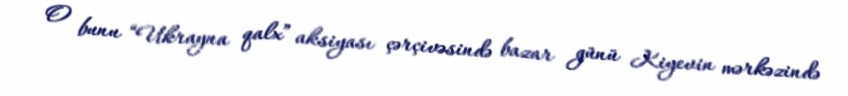
O bunu “Ukrayna qalx” aksiyası çərçivəsində bazar günü Kiyevin mərkəzində